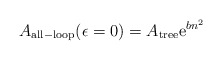
\begin{align*}A_{{\rm all-loop}}(\epsilon =0)=A_{{\rm tree}}{\rm e}^{bn^2}\end{align*}